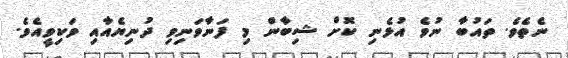
ނެތެވެ. ތައުބާ ނުވެ އުޅެނި ކޮށް ޝިބާން މި ފަނާވަނިވި ދުނިޔެއާއި ވަކިވީއެވެ.